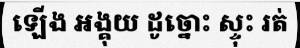
ឡើង អង្គុយ ដូច្នោះ ស្ទុះ រត់